Tartu_Kolgata_baptistikogudus, lk 3
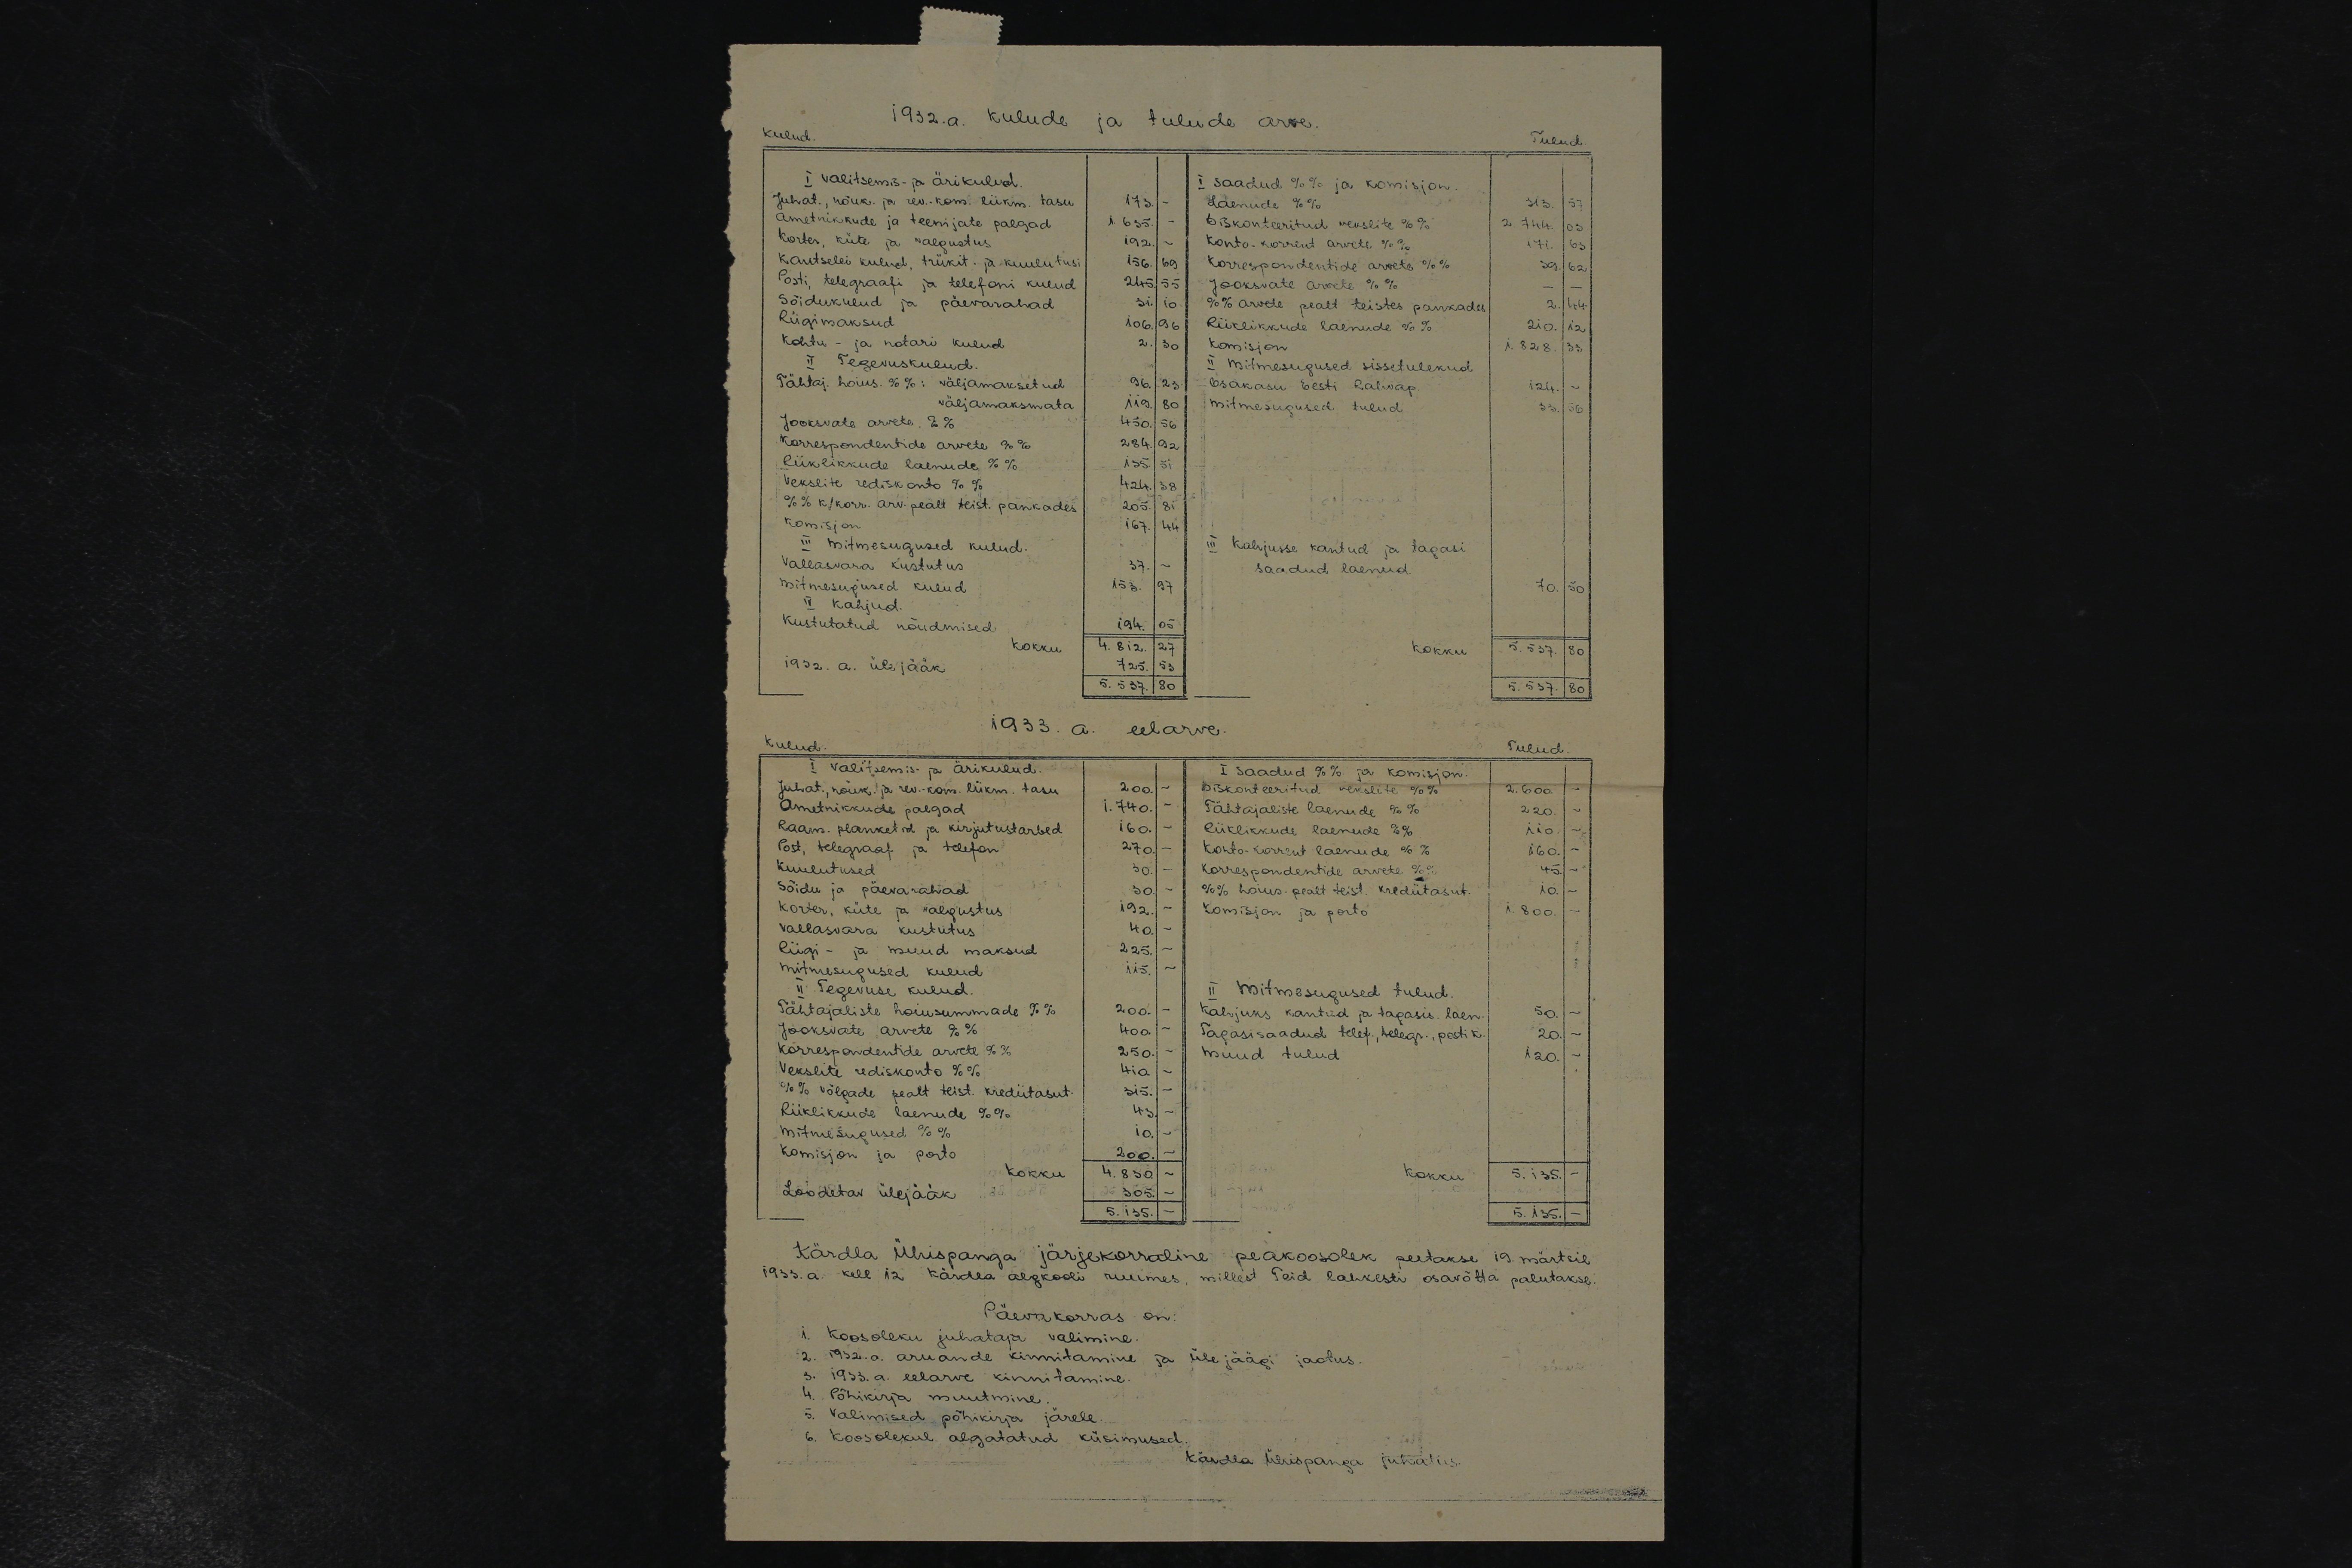
kulud
1932.a. kulude ja tulude arve.
Tulud
I valitsemis- ja ärikulud
saadud %% ja komisjon
Juhat., nõuk ja rev. kom. liikm. tasu
173
Laenude %%
313.
Ametnikkude ja teenijate palgad
Korter, küte ja valgustus
Diskonteeritud wekslite %%
konto-korrent arvete %%
Kantselei kulud trükit. ja kuulutus
korrespondentide arvete %%
39. 62
Posti, telegraafi ja telefoni kulud
245.
Sõidukulud ja päevarahad
Jooksvate arvete %%
%% arvele pealt teistes pankades
Riigimaksud
106.96
Riiklikkude laenude %%
kohtu - ja notari kulud.
828.
komisjon
II Tegevuskulud.
II Mitmesugused sissetulekud
Tähtaj. hoius. %%: väljamaksetud
96. 23
osakasu Eesti Rahvap
mitmesugused tulud
§ 3. 50
väljamaksmata
Jooksvate arvete. %%
korrespondentide arvete %%
284. 92
Riiklikkude laenude %%
Vekslite rediskonto %%
424. 38
%% k/ korr. arv. pealt teist. pankades
komisjon
167. 44
III Mitmesugused kulud.
III Kahjusse kantud ja tagasi
vallasvara kustutus
saadud laenud
Mitmesugused kulud
153.
saadud laenud
70.
50
IV kahjud
kustutatud nõudmised
194. 05
4. 812. 27
kokku
5. 557.
1932. a. üle jääk.
725. 53
5. 537. 80
5. 537.
1933. a. eelarve
Tulud
Kulud
I valitsemis- ja ärikulud.
I saadud %% ja komisjon.
200
Juhat., nõuk. ja rev. kom. liikm. tasu
Diskonteeritud vekslite %%
Ametnikkude palgad
Tähtajaliste laenude %%
Raam. planketid ja kirjutustarbed
Riiklikkude laenude %%
220.
Post, telegraaf ja telefon
270
Konto-korrent laenude %%
160
kuulutused
korrespondentide arvete %%
Sõidu ja päevarahad
%% hoius-pealt teist. krediitasut
10.
Korter, küte ja valgustus
Komisjon ja porto
1.800
vallasvara kustutus
Riigi- ja muud maksud
Mitmesugused kulud
115
II Tegevuse kulud.
Mitmesugused tulud.
Tähtajaliste hoiusummade %%
200
Kahjuks kantud ja tagasis. laen
50
Jooksvate arvete %%
Tagasisaadud telef., telegr., postik.,
korrespondentide arvete %
250
Muud tulud
120.
Vekslite rediskonto %%
%% võlgade pealt teist. krediitasut.
Riiklikkude laenude %%.
Mitmesugused %%
komisjon ja porto
200.
kokku
kokku
5.135. -
Loodetav ülejääk
305.
5.135.
5.135. -
Kärdla Ühispanga järjekorraline peakoosolek peetakse 19. märtsil
1933. a. kell 12 Kärdla algkooli ruumes, millest Teid lahkesti osavõtta palutakse.
Päevakorras on:
1. Koosoleku juhataja valimine.
2. 1932.a. aruande kinnitamine ja ülejäägi jaotus.
3. 1933. a. eelarve kinnitamine
4. Põhikirja muutmine.
5. Valimised põhikirja järele
6. Koosolekul algatatud küsimused
Kärdla Ühispanga juhatus